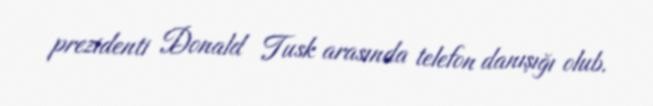
prezidenti Donald Tusk arasında telefon danışığı olub.